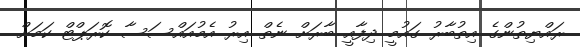
ރައްޔިތުންގެ އިތުބާރު ގައުމީ ދިފާއީ ބާރަށް ނެތް އިރު އެމުއައްސަސާ ކޮރަޕްޓް ކަމަށް